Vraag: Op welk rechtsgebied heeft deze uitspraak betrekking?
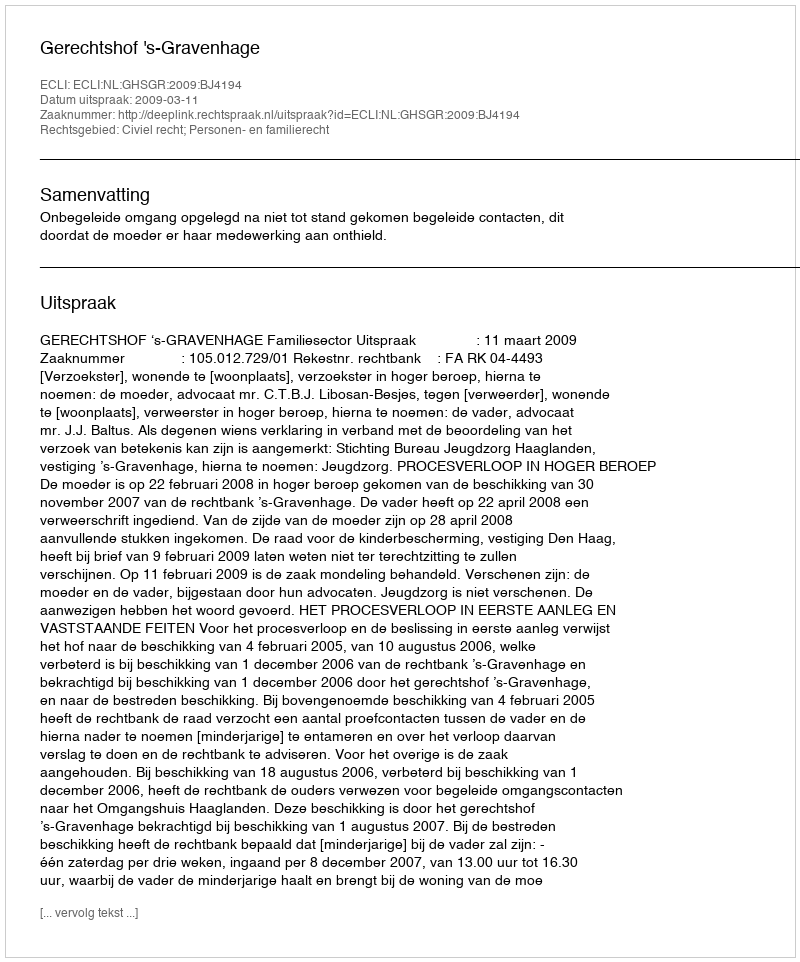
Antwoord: Civiel recht; Personen- en familierecht